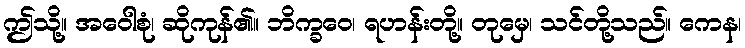
ဤသို့။ အဝေါစုံ၊ ဆိုကုန်၏။ ဘိက္ခဝေ၊ ရဟန်းတို့။ တုမှေ၊ သင်တို့သည်။ ကေန၊